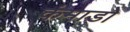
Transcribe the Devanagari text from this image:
कंमाडो